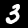
Digit: 3